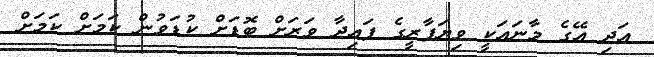
އަދި އޭގެ މާނައަކީ ވިޔަފާރީގެ ފައިދާ ވަރަށް ބޮޑަށް ކުޑަވުން ކަމަށް ކަމަށް